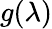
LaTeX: g(\lambda)